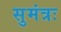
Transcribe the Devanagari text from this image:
सुमंत्रः